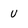
Character: U